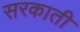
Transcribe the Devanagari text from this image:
सरकाती